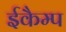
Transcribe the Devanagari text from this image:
ईकैम्प